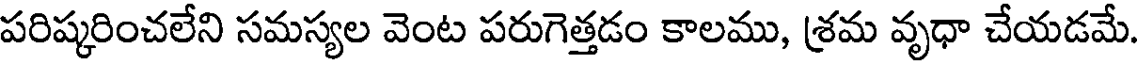
పరిష్కరించలేని సమస్యల వెంట పరుగెత్తడం కాలము, శ్రమ వృధా చేయడమే.